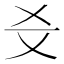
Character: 𤕜